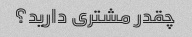
چقدر مشتری دارید؟